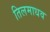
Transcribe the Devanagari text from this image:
तिलमाधव